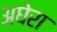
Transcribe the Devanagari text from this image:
अघेरा